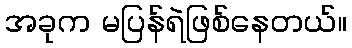
အခုက မပြန်ရဲဖြစ်နေတယ်။